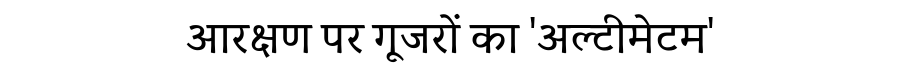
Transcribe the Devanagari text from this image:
आरक्षण पर गूजरों का 'अल्टीमेटम'